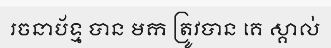
រចនាប័ទ្ម បាន មក ត្រូវបាន គេ ស្គាល់